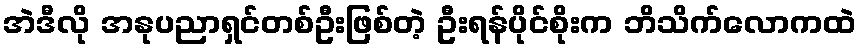
အဲဒီလို အနုပညာရှင်တစ်ဦးဖြစ်တဲ့ ဦးရန်ပိုင်စိုးက ဘိသိက်လောကထဲ